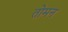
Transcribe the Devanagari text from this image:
तोमन